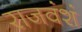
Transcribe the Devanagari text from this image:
राजवंशं